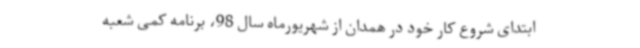
ابتدای شروع کار خود در همدان از شهریورماه سال 98، برنامه کمی شعبه